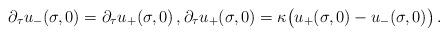
LaTeX: \begin{align*}\partial_\tau u_- (\sigma,0)= \partial_\tau u_+ (\sigma,0)\,, \partial_\tau u_+ (\sigma,0) = \kappa \bigl( u_+(\sigma,0) - u_-(\sigma,0)\bigr) \,.\end{align*}